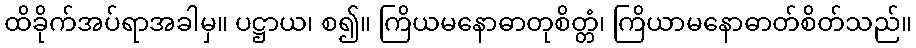
ထိခိုက်အပ်ရာအခါမှ။ ပဋ္ဌာယ၊ စ၍။ ကြိယမနောဓာတုစိတ္တံ၊ ကြိယာမနောဓာတ်စိတ်သည်။